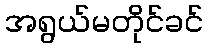
အရွယ်မတိုင်ခင်